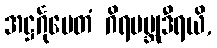
အဋ္ဌင်္ဂုပေတံ ဂိရမဗ္ဘုဒီရယိ,